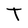
Character: T